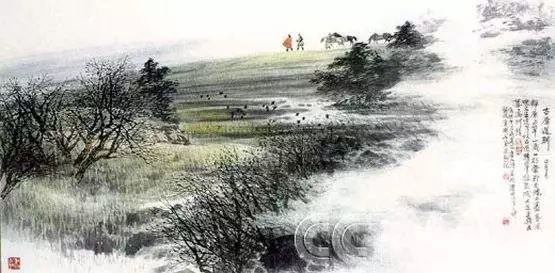
又送王孙去，萋萋满别情。